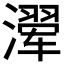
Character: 𰝍